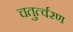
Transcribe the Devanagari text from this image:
चतुर्त्वरण